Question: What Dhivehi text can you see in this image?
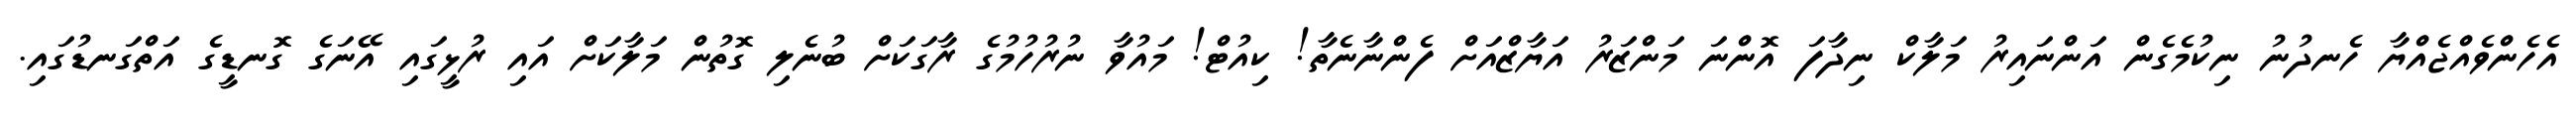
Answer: އެހެންވެއްޖެއްޔާ ހެނދުނު ނިކުމެގެން އަންނައިރު މަލާކް ނިދާފަ އޮންނަ މަންޒަރު އަޔާޒްއަށް ފެންނާނެތާ! ކިއުޓް! މައުވާ ނުރުހުމުގެ ރާގަކަށް ބުނެލި ގޮތުން މަލާކަށް އައި ރުޅީގައި އޭނަގެ ގޮނޑީގެ އަތްގަނޑުގައި.